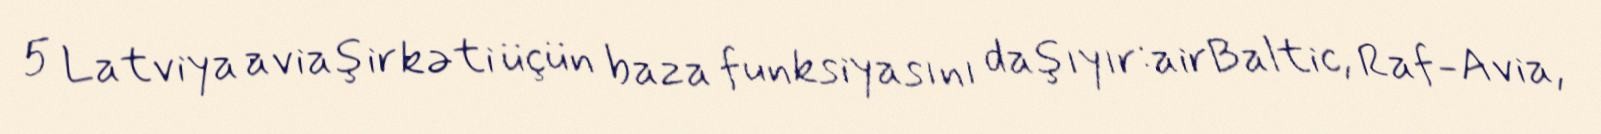
5 Latviya aviaşirkəti üçün baza funksiyasını daşıyır:airBaltic, Raf-Avia,